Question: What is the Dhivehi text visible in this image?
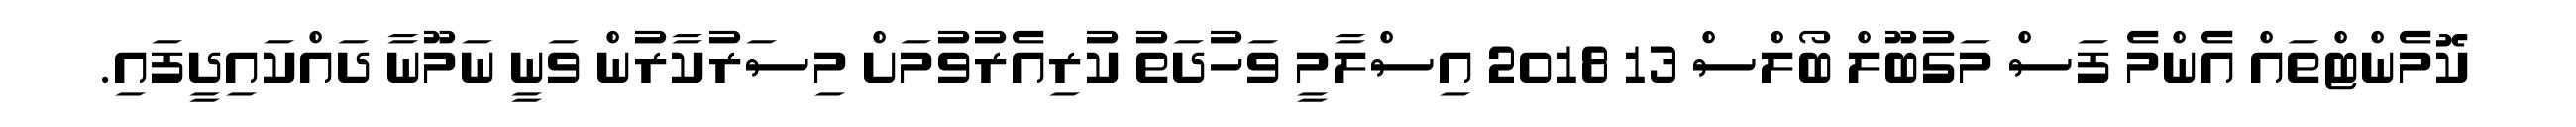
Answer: ކޮމެންޓްތައް އެންމެ ފަސް މަގުބޫލް ބޯލްސް 13 2018 އިސްލާމީ ވަހުދަތު ކުރިއެރުވުމަށް މިސަރުކާރުން ވަނީ ނަމޫނާ ދައްކައިދީފައި.